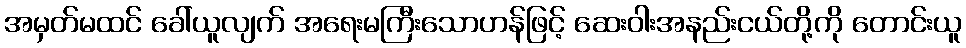
အမှတ်မထင် ခေါ်ယူလျက် အရေးမကြီးသောဟန်ဖြင့် ဆေးဝါးအနည်းငယ်တို့ကို တောင်းယူ